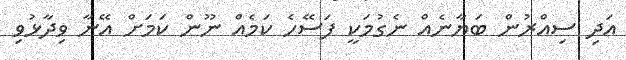
އަދި ސިއްރުން ބަޔާނެއް ނެގުމަކީ ފަސޭހެ ކަމެއް ނޫން ކަމަށް އޭނާ ވިދާޅުވި